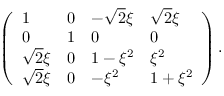
\left( \begin{array} { l l l l } { { 1 } } & { { 0 } } & { { - \sqrt { 2 } \xi } } & { { \sqrt { 2 } \xi } } \\ { { 0 } } & { { 1 } } & { { 0 } } & { { 0 } } \\ { { \sqrt { 2 } \xi } } & { { 0 } } & { { 1 - \xi ^ { 2 } } } & { { \xi ^ { 2 } } } \\ { { \sqrt { 2 } \xi } } & { { 0 } } & { { - \xi ^ { 2 } } } & { { 1 + \xi ^ { 2 } } } \end{array} \right) .